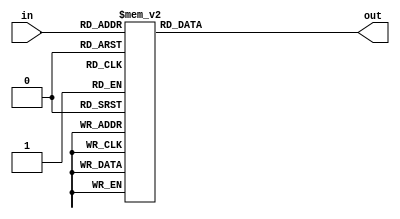
module hex (
    input      [3:0] in ,
    output reg [6:0] out
);

    always @(*) begin
        case (in)
            /* print a hexadecimal digit on the 7SEG display */
            4'b0000 : out = ~7'h3F;
            4'b0001 : out = ~7'h06;
            4'b0010 : out = ~7'h5B;
            4'b0011 : out = ~7'h4F;
            4'b0100 : out = ~7'h66;
            4'b0101 : out = ~7'h6D;
            4'b0110 : out = ~7'h7D;
            4'b0111 : out = ~7'h07;
            4'b1000 : out = ~7'h7F;
            4'b1001 : out = ~7'h6F;
            4'b1010 : out = ~7'h77;
            4'b1011 : out = ~7'h7C;
            4'b1100 : out = ~7'h39;
            4'b1101 : out = ~7'h5E;
            4'b1110 : out = ~7'h79;
            4'b1111 : out = ~7'h71;
        endcase
    end

endmodule